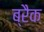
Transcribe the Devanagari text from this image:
ब्रैक